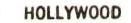
HOLLYWOOD